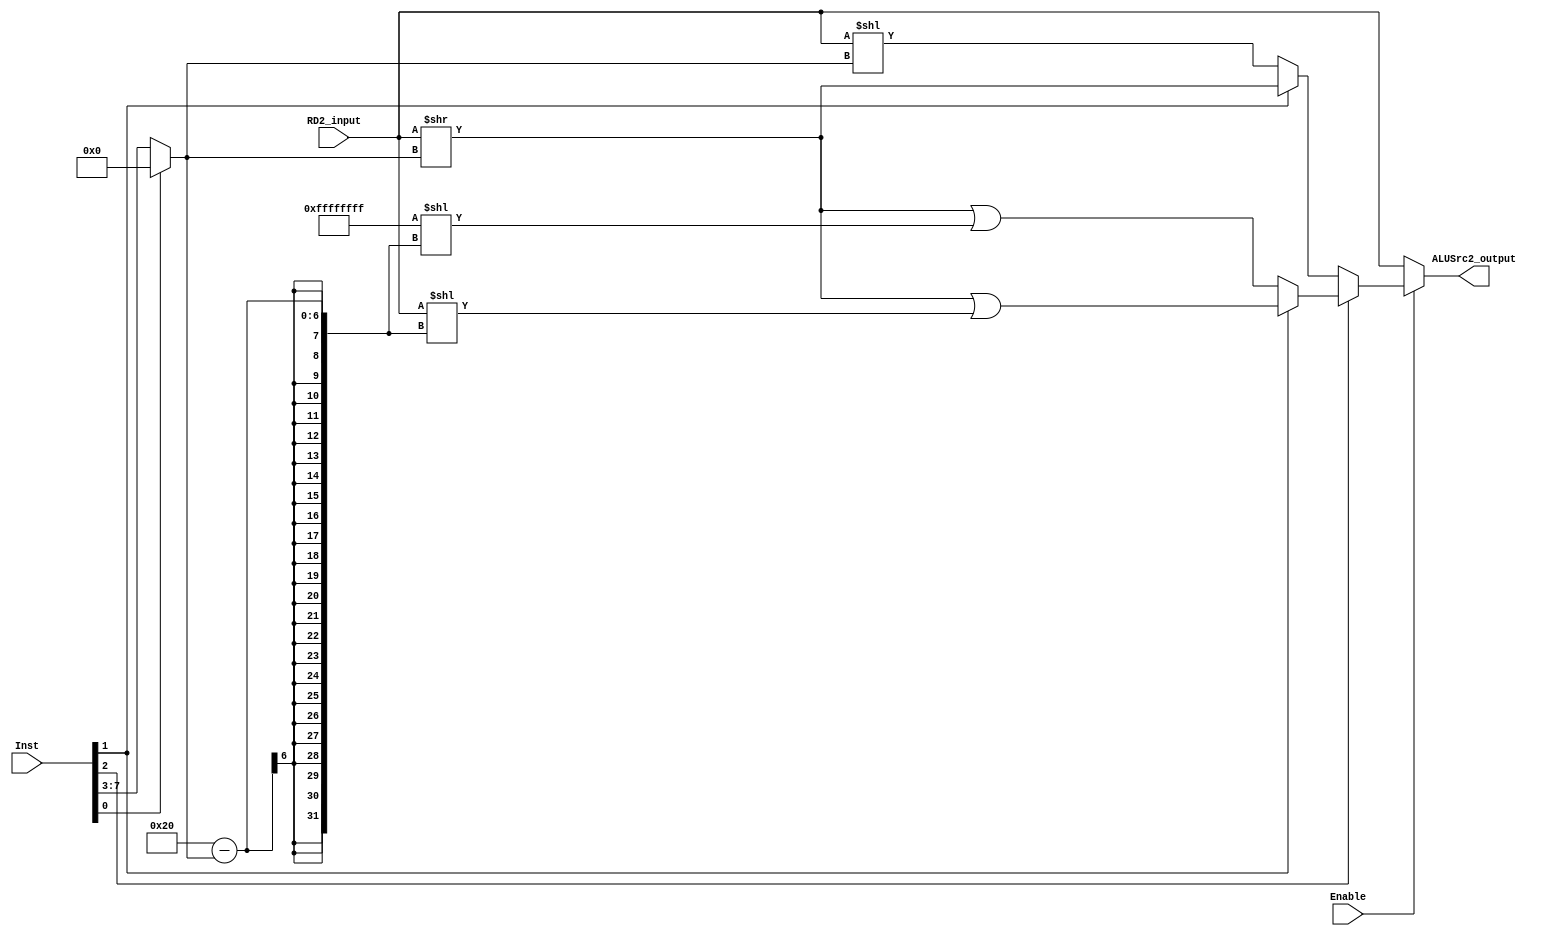
module shift(Inst,Enable,RD2_input,ALUSrc2_output);
input [7:0] Inst;
input Enable;
input [31:0] RD2_input;
output [31:0] ALUSrc2_output;

wire [4:0] shamt5;
assign shamt5[4:0]=(Inst[0]==0)? Inst[7:3] :5'b00000;

wire [1:0] sh;
assign sh[1:0]=Inst[2:1];
/*
LSL 00 Logical shift left
LSR 01 Logical shift right
ASR 10 Arithmetic shift right
ROR 11 Rotate right
*/

wire [31:0] internal_output;

assign internal_output= (sh[1]==1) ? ( (sh[0]==1)? ( (RD2_input>>shamt5)|(RD2_input<<32-shamt5) ):( (RD2_input>>shamt5)|({32{1'b1}}<<32-shamt5) ) ) : ( (sh[0]==1)? (RD2_input>>shamt5):(RD2_input<<shamt5) );

assign ALUSrc2_output = (Enable==1)? internal_output : RD2_input;

endmodule